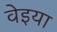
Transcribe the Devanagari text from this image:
वेइया